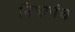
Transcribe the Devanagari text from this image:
निष्प्रपंच